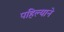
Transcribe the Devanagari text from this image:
पहिल्याने